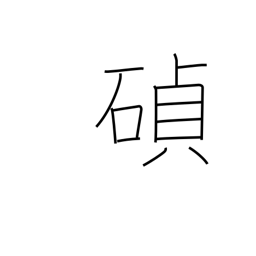
Meaning: cornerstone